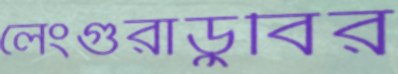
লেংগুরাডুবির